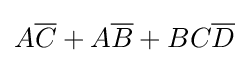
A{\overline {C}}+A{\overline {B}}+BC{\overline {D}}